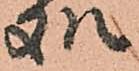
処